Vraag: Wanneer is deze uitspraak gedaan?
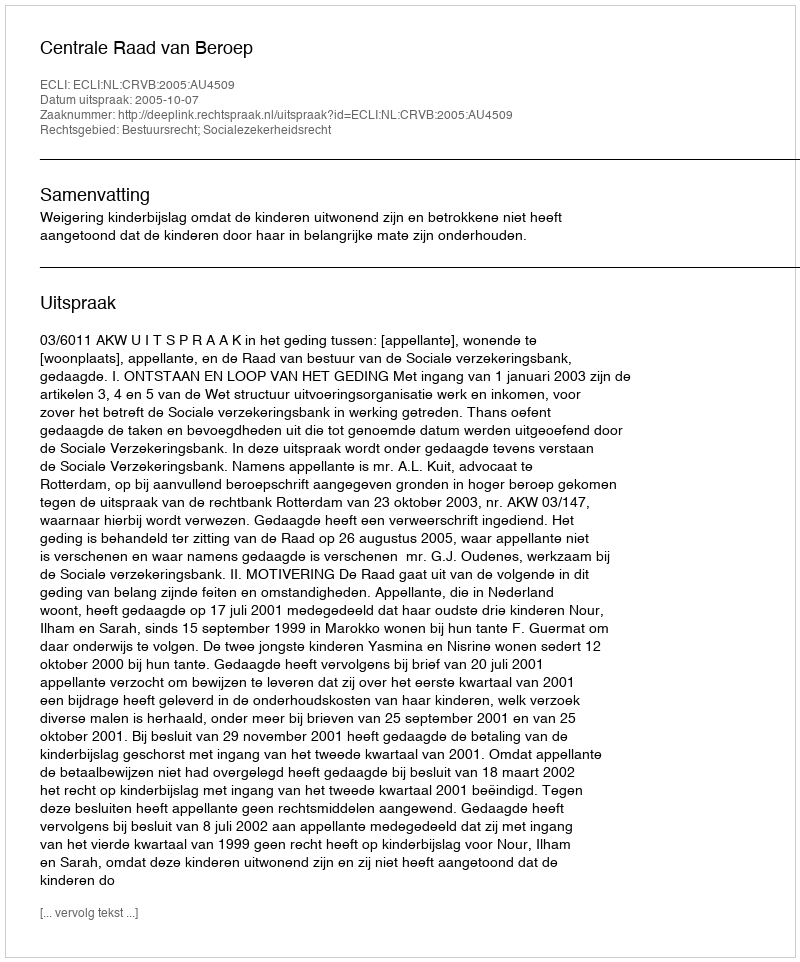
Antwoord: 2005-10-07